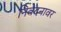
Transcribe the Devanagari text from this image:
निवेदनावर